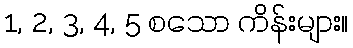
1, 2, 3, 4, 5 စသော ကိန်းများ။